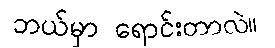
ဘယ်မှာ ရောင်းတာလဲ။